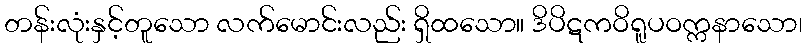
တန်းလုံးနှင့်တူသော လက်မောင်းလည်း ရှိထသော။ ဒိပိဋကဝိရူပဝက္ကနာသော၊